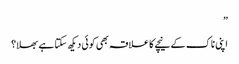
”
اپنی ناک کے نیچے کا علاقہ بھی کوئی دیکھ سکتا ہے بھلا؟